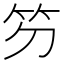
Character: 䇖